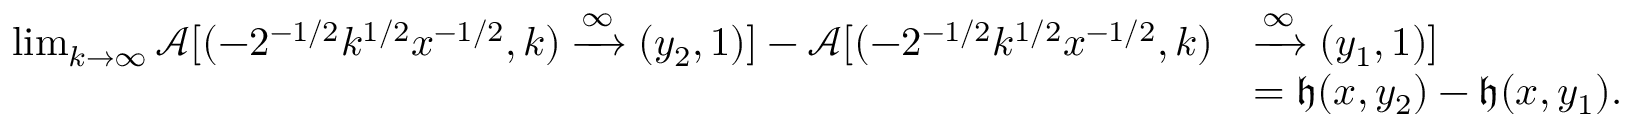
\begin{array} { r l } { \operatorname* { l i m } _ { k \to \infty } \mathcal { A } [ ( - 2 ^ { - 1 / 2 } k ^ { 1 / 2 } x ^ { - 1 / 2 } , k ) \xrightarrow { \infty } ( y _ { 2 } , 1 ) ] - \mathcal { A } [ ( - 2 ^ { - 1 / 2 } k ^ { 1 / 2 } x ^ { - 1 / 2 } , k ) } & { \xrightarrow { \infty } ( y _ { 1 } , 1 ) ] } \\ & { = \mathfrak { h } ( x , y _ { 2 } ) - \mathfrak { h } ( x , y _ { 1 } ) . } \end{array}